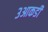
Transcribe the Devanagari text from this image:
३आकडी